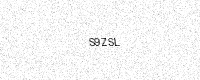
Text: S9ZSL